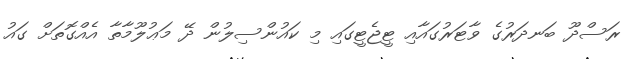
ރަސްދޫ ބަނދަރުގެ ވާޓަރުގައާއި ޓީޖެޓީގައި މި ކައުންސިލުން ދޭ މަޢުލޫމާތާ އެއްގޮތަށް ގައު